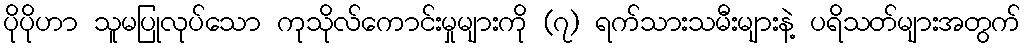
ပိုပိုဟာ သူမပြုလုပ်သော ကုသိုလ်ကောင်းမှုများကို (၇) ရက်သားသမီးများနဲ့ ပရိသတ်များအတွက်